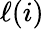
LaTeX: \ell(i)